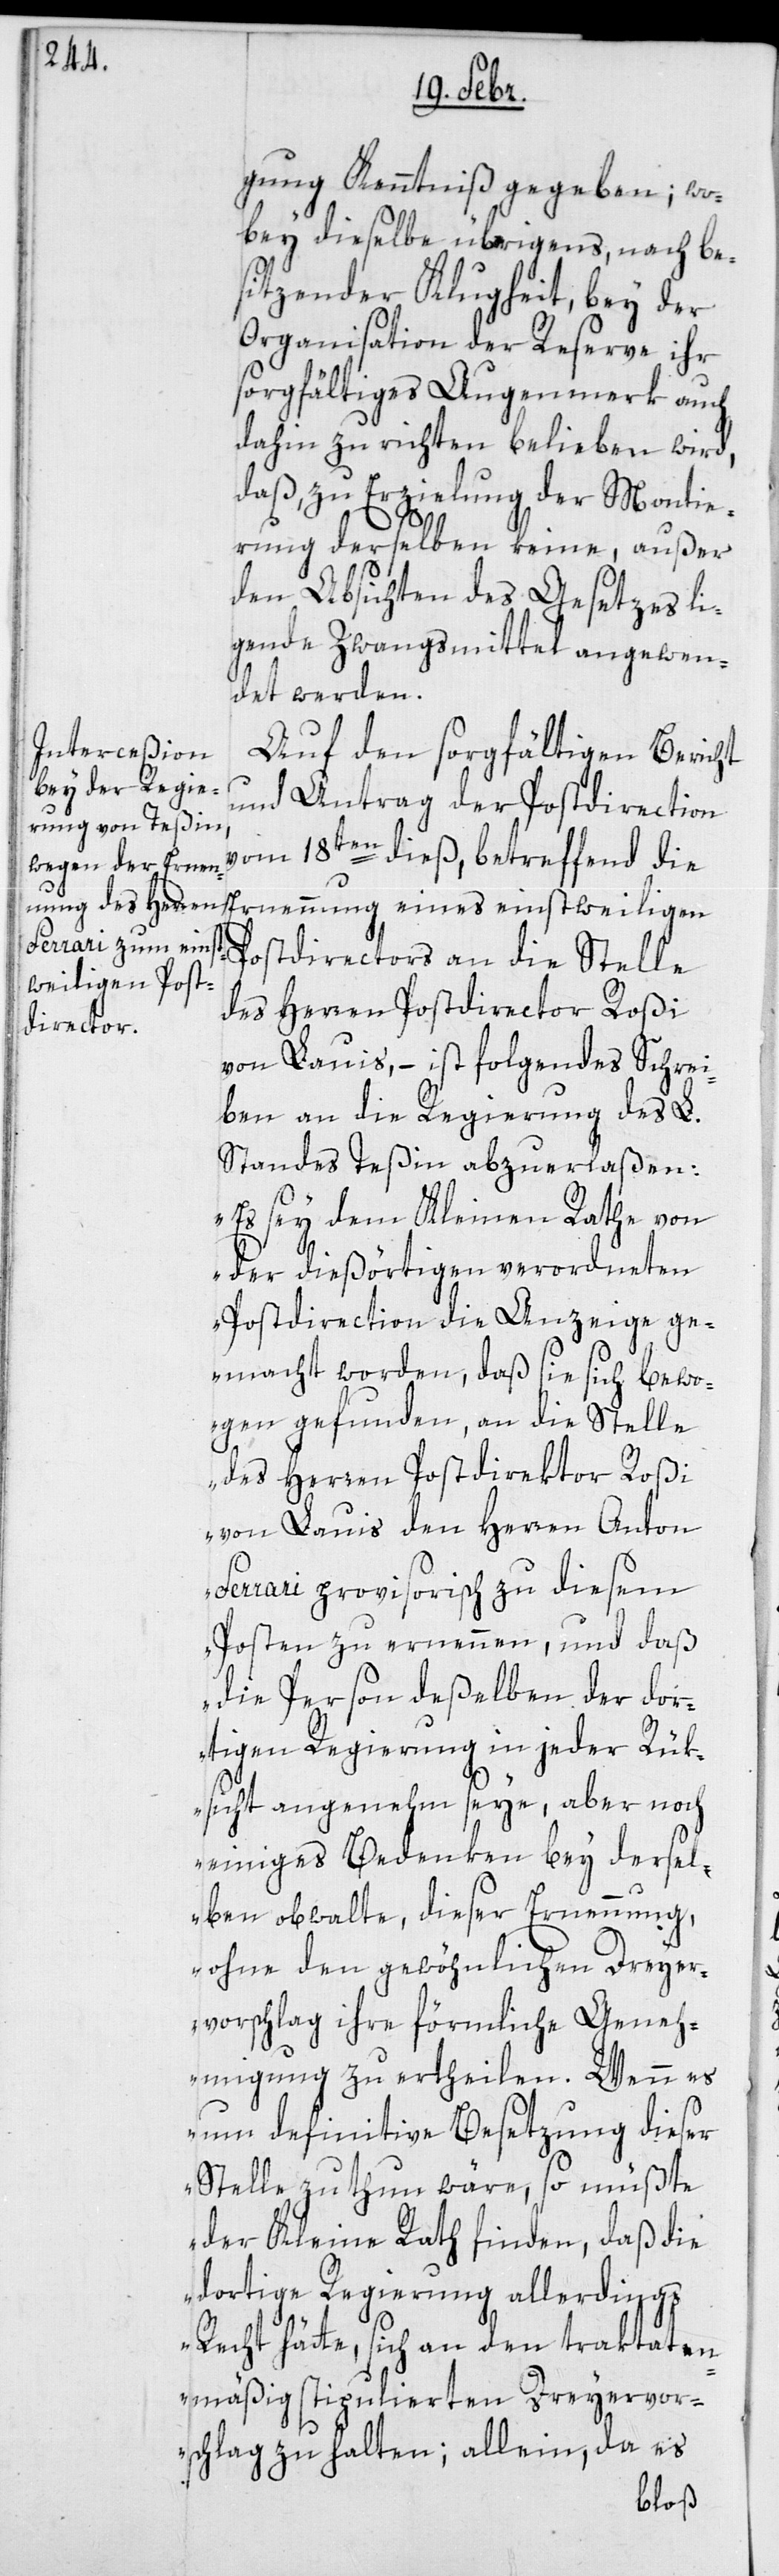
gung Kenntniß gegeben, wo¬
bei dieselbe übrigens, nach be¬
sitzender Klugheit, bey der
Organisation der Reserve ihr
sorgfältiges Augenmerk auch
dahin zu richten belieben wird,
daß zu Erzielung der Montie¬
rung derselben keine, außer
den Absichten des Gesetzes lie¬
gende Zwangsmittel angewen¬
det werden.
Auf den sorgfältigen Bericht
und Antrag der Postdirection
vom 18ten dieß, betreffend die
Ernennung eines einstweiligen
Postdirectors an die Stelle
des Herren Postdirector Roßi
von Lauis, – ist folgendes Schrei¬
ben an die Regierung des L.
Standes Teßin abzuerlaßen:
„Es sey dem Kleinen Rathe von
der dießörtigen verordneten
Postdirection die Anzeige ge¬
macht worden, daß sie sich bewo¬
gen gefunden, an die Stelle
des Herren Postdirektor Roßi
von Lauis, den Herren Anton
Ferrari provisorische zu diesem
Posten zu ernennen, und daß
die Person deßelben der dor¬
tigen Regierung in jeder Rük¬
sicht angenehm seye, aber noch
einiges Bedenken bey dersel¬
ben obwalte, dieser Ernennung,
ohne den gewöhnlichen Dreyer¬
vorschlag ihre förmliche Geneh¬
migung zu ertheilen. Wenn es
nun definitive Besetzung dieser
Stelle zu thun wäre, so müßte
der Kleine Rath finden, daß die
dortige Regierung allerdings
Recht hätte, sich an den traktaten¬
mäßig stipulierten Dreyervor¬
schlag zu halten; allein, da es